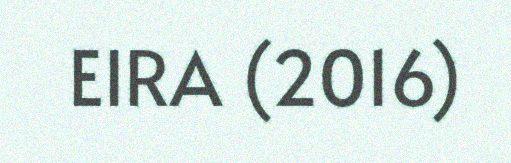
EIRA (2016)